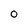
Character: O